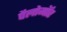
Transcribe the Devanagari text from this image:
पैलोमॉर